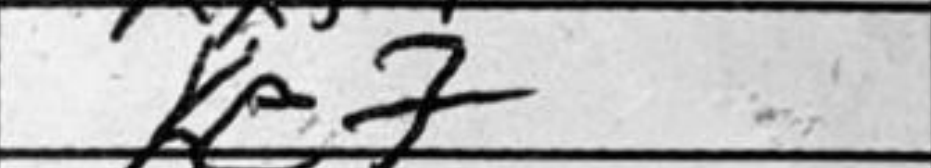
Transcription: Ke7